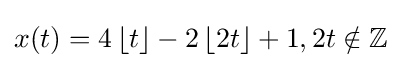
x(t)=4\left\lfloor t\right\rfloor -2\left\lfloor 2t\right\rfloor +1,2t\notin \mathbb {Z}